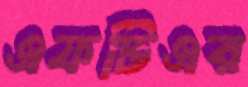
এফটিএর